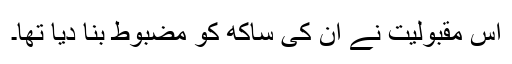
اس مقبولیت نے ان کی ساکھ کو مضبوط بنا دیا تھا۔